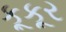
કૂકૂર